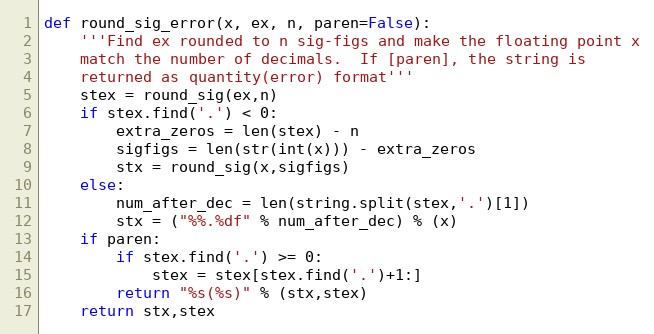
Language: Python
def round_sig_error(x, ex, n, paren=False):
    '''Find ex rounded to n sig-figs and make the floating point x
    match the number of decimals.  If [paren], the string is
    returned as quantity(error) format'''
    stex = round_sig(ex,n)
    if stex.find('.') < 0:
        extra_zeros = len(stex) - n
        sigfigs = len(str(int(x))) - extra_zeros
        stx = round_sig(x,sigfigs)
    else:
        num_after_dec = len(string.split(stex,'.')[1])
        stx = ("%%.%df" % num_after_dec) % (x)
    if paren:
        if stex.find('.') >= 0:
            stex = stex[stex.find('.')+1:]
        return "%s(%s)" % (stx,stex)
    return stx,stex